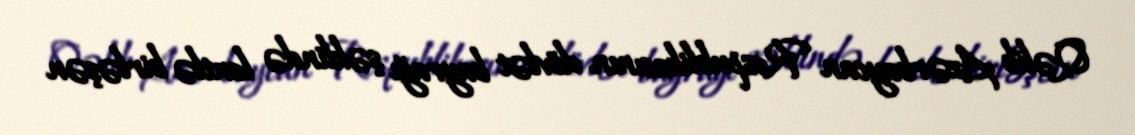
Qəlib Azərbaycan Respublikasının dövlət bayrağı şəklində lentlə birləşən